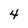
Character: 4